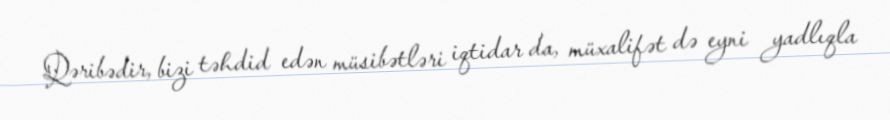
Qəribədir, bizi təhdid edən müsibətləri iqtidar da, müxalifət də eyni yadlıqla